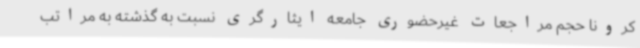
کرونا حجم مراجعات غیرحضوری جامعه ایثارگری نسبت به گذشته به مراتب